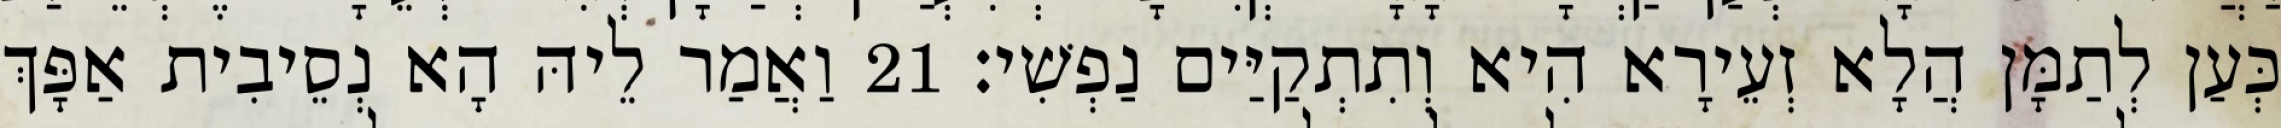
כְּעַן לְתַמָּן הֲלָא זְעֵירָא הִיא וְתִתְקַיַּים נַפְשִׁי׃ 21 וַאֲמַר לֵיהּ הָא נְסֵיבִית אַפָּךְ